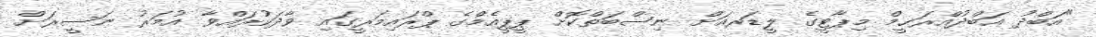
"އަބްދު އަބްދުއްރަޙީމް މިޕާޓީގެ ލީޑަރއަށް ނިސްބަތްކޮށް ޕީޕީއެމްގެ ޕްރައިމަރީގައި ވާދަކުރައްވާ އުމަރު ނަސީރަށް